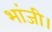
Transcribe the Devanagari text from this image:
भांजी।